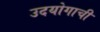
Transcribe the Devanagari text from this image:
उदयोगाची